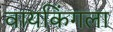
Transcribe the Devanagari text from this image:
वायकिंगला